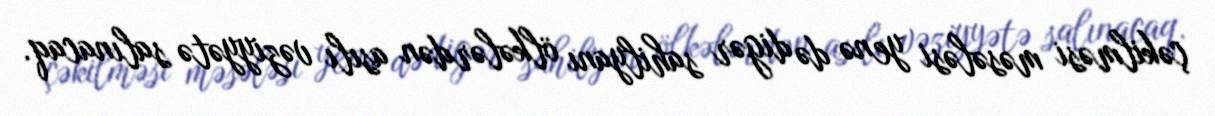
çəkilməsi məsələsi yenə də digər sahilyanı ölkələrdən asılı vəziyyətə salınacaq.